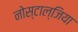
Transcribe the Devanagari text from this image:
नोस्टाल्जिया